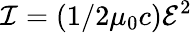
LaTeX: \mathcal{I}=(1/2\mu_{0}c)\mathcal{E}^{2}